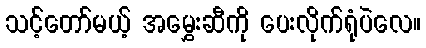
သင့်တော်မယ့် အမွှေးဆီကို ပေးလိုက်ရုံပဲလေ။